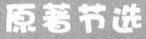
原著节选